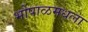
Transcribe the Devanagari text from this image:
भोपाळमधला